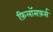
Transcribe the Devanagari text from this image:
फ़िलॉसफ़र्स